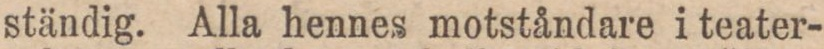
ständig. Alla hennes motståndare i teater-